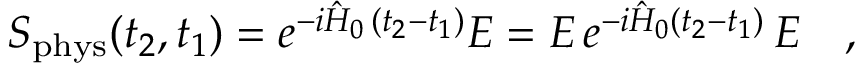
S _ { \mathrm { p h y s } } ( t _ { 2 } , t _ { 1 } ) = e ^ { - i \hat { H } _ { 0 } \, ( t _ { 2 } - t _ { 1 } ) } { \cal E } = { \cal E } \, e ^ { - i \hat { H } _ { 0 } ( t _ { 2 } - t _ { 1 } ) } \, { \cal E } \ \ \ ,